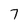
Character: 7